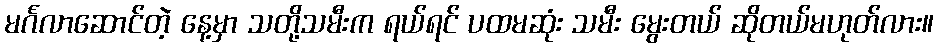
မင်္ဂလာဆောင်တဲ့ နေ့မှာ သတို့သမီးက ရယ်ရင် ပထမဆုံး သမီး မွေးတယ် ဆိုတယ်မဟုတ်လား။